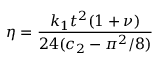
\eta = \frac { k _ { 1 } t ^ { 2 } ( 1 + \nu ) } { 2 4 ( c _ { 2 } - \pi ^ { 2 } / 8 ) }